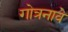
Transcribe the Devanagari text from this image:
गोत्रनावे